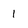
Character: 1